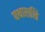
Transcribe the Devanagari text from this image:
यथाराशि